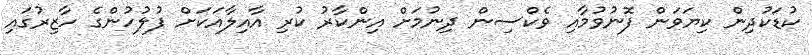
ކުޑަކުދިން ކިޔަވަން ފޮނުވުމާއި ވެކްސިން ދިނުމަށް އިންކާރު ކުރި އާއިލާއަކަށް ފުލުހުންގެ ހާޒިރުގައި